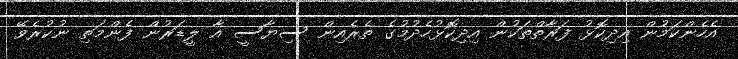
އެހެންކަމުން އިދިކޮޅު ފަރާތްތަކުން އިދިކޮޅުހެދުމުގެ ތެރެއިން ސިޔާސީ އާ ލީޑަރުން ފެންމަތި ނުކުރެވޭ